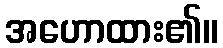
အဟောထား၏။